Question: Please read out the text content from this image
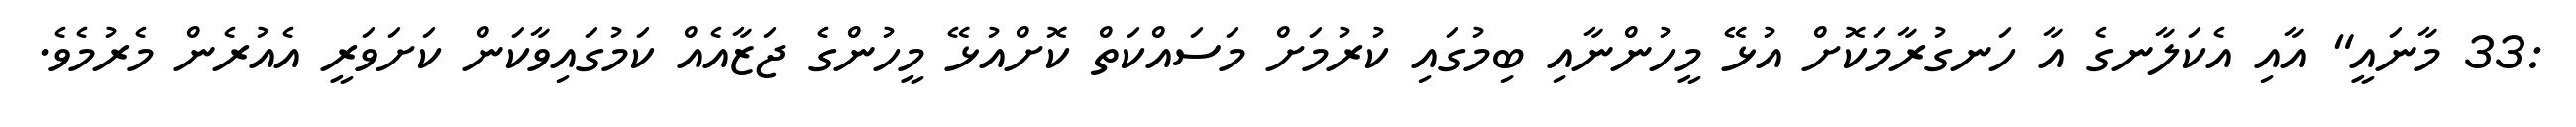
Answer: :33 މާނައީ" އާއި އެކަލާނގެ އާ ހަނގުރާމަކޮށް އުޅޭ މީހުންނާއި ބިމުގައި ކުރުމަށް މަސައްކަތް ކޮށްއުޅޭ މީހުންގެ ޖަޒާއެއް ކަމުގައިވާކަން ކަށަވަރީ އެއުރެން މެރުމެވެ.